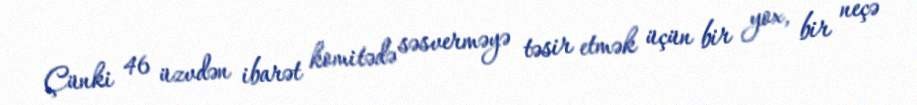
Çünki 46 üzvdən ibarət komitədə səsverməyə təsir etmək üçün bir yox, bir neçə